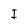
Character: I